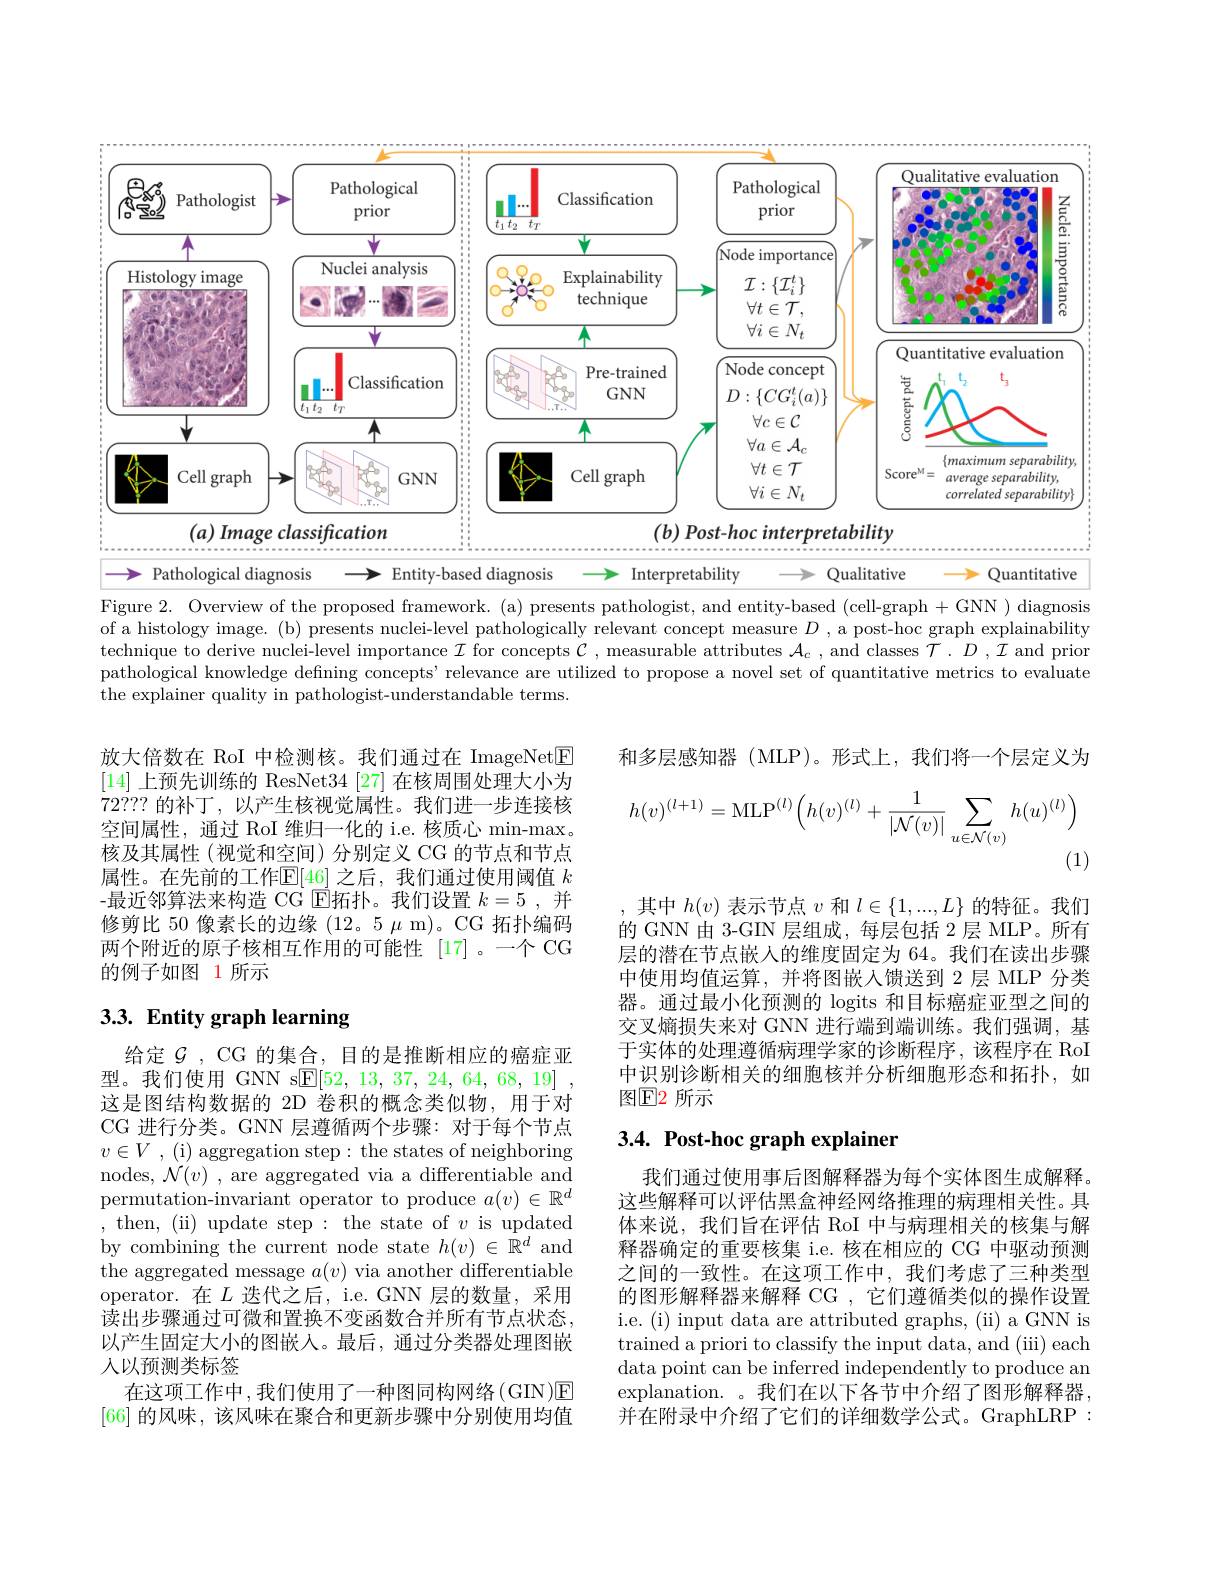
<FigureHere>

Figure 2. Overview of the proposed framework. (a) presents pathologist, and entity-based (cell-graph+GNN ) diagnosis of a histology image. (b) presents nuclei-level pathologically relevant concept measure $D$, a post-hoc graph explainability technique to derive nuclei-level importance $\mathcal{I}$ for concepts $\mathcal{C}$, measurable attributes $\mathcal{A}_c$, and classes $\mathcal{T}.D,\mathcal{I}$ and prior pathological knowledge defning concepts' relevance are utilized to propose a novel set of quantitative metrics to evaluate the explainer quality in pathologist-understandable terms.

和多层感知器(MLP)。形式上，我们将一个层定义为
$$h(v)^{(l+1)}=\mathrm{MLP}^{(l)}\Big(h(v)^{(l)}+\frac{1}{|\mathcal{N}(v)|}\sum_{u\in\mathcal{N}(v)}h(u)^{(l)}\Big)$$
(1)

放大倍数在 RoI 中检测核。我们通过在 ImageNet$\boxed{\mathrm{F}}$ [14]上预先训练的 ResNet34 [27] 在核周围处理大小为72???的补丁，以产生核视觉属性。我们进一步连接核空间属性，通过 RoI 维归一化的 i.e. 核质心 min-max。核及其属性(视觉和空间)分别定义 CG 的节点和节点属性。在先前的工作$\mathbb{E}[\underline{46}]$ 之后，我们通过使用阈值 $k$ -最近邻算法来构造 CG $\bar{\mathrm{E}}$拓扑。我们设置 $k= 5$ , 并修剪比 50 像素长的边缘 (12。5 $\mu$ m)。CG 拓扑编码两个附近的原子核相互作用的可能性[17] 。一个 CG 的例子如图 1 所示

其中$h(v)$表示节点$v$和$l\in\{1,...,L\}$的特征。我们的 GNN 由 3-GIN 层组成，每层包括 2 层 MLP。所有层的潜在节点嵌人的维度固定为 64。我们在读出步骤中使用均值运算，并将图嵌入馈送到 2 层 MLP 分类器。通过最小化预测的 logits 和目标癌症亚型之间的交叉熵损失来对 GNN 进行端到端训练。我们强调，基于实体的处理遵循病理学家的诊断程序，该程序在 RoI 中识别诊断相关的细胞核并分析细胞形态和拓扑，如图$\mathbb{E}$2 所示

# 3.3. Entity graph learning

# 3.4. Post-hoc graph explainer

给定$\mathcal{G}$, CG 的集合，目的是推断相应的癌症亚型。我们使用 GNN s$\underline{\mathrm{E}}[52,13,37,24,64,68,19]$ 这是图结构数据的 2D 卷积的概念类似物，用于对CG 进行分类。GNN 层遵循两个步骤：对于每个节点$v\in V$ , (i) aggregation step: the states of neighboring nodes, $\mathcal{N}(v)$ , are aggregated via a differentiable and permutation-invariant operator to produce $a(v)\in\mathbb{R}^d$ ,then, (ii) update step: the state of $v$ is updated by combining the current node state $h(v)\in\mathbb{R}^d$ and the aggregated message $a(v)$ via another differentiable operator.在$L$ 迭代之后，i.e.GNN 层的数量，采用读出步骤通过可微和置换不变函数合并所有节点状态， 以产生固定大小的图嵌入。最后，通过分类器处理图嵌入以预测类标签
在这项工作中，我们使用了一种图同构网络(GIN)E [66]的风味，该风味在聚合和更新步骤中分别使用均值

我们通过使用事后图解释器为每个实体图生成解释。这些解释可以评估黑盒神经网络推理的病理相关性。具体来说，我们旨在评估 RoI 中与病理相关的核集与解释器确定的重要核集 i.e. 核在相应的 CG 中驱动预测之间的一致性。在这项工作中，我们考虑了三种类型的图形解释器来解释 CG ,它们遵循类似的操作设置i.e. (i) input data are attributed graphs, (ii) a GNN is trained a priori to classify the input data, and (iii) each data point can be inferred independently to produce an explanation. 。我们在以下各节中介绍了图形解释器， 并在附录中介绍了它们的详细数学公式。GraphLRP: